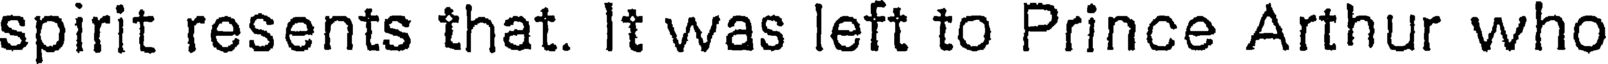
spirit resents that. It was left to Prince Arthur who